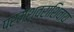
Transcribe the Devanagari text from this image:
परमेश्वराशिवाय